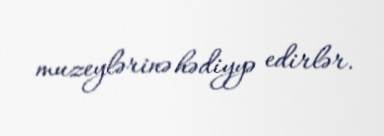
muzeylərinə hədiyyə edirlər.